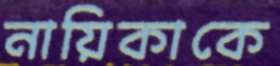
নায়িকাকে